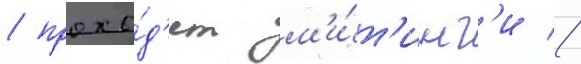
/ прохо́д'ят м'и́т'инг'и //